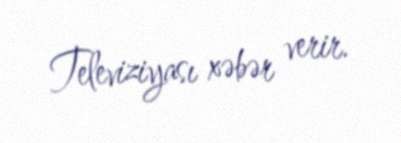
Televiziyası xəbər verir.